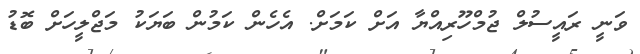
ވަނީ ރައީސުލް ޖުމްހޫރިއްޔާ އަށް ކަމަށް. އެހެން ކަމުން ބަޔަކު މަޖްލީހަށް ބޮޑު